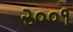
૨૦૦૧